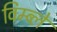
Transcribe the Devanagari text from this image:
विम्ब्ले